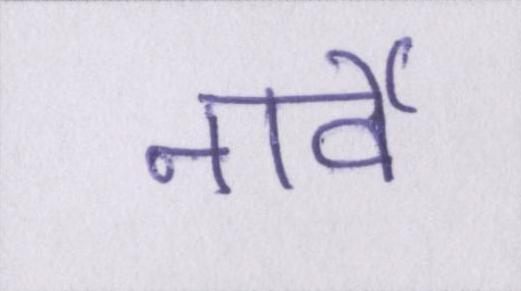
नार्वे